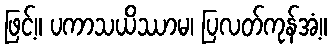
ဖြင့်။ ပကာသယိဿာမ၊ ပြလတ်ကုန်အံ့။